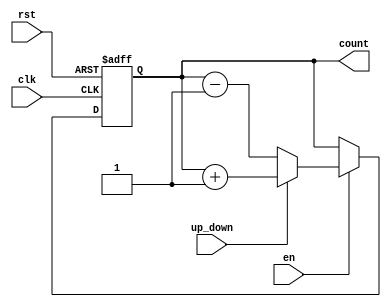
module up_down_counter (
    input wire clk,          // Clock signal
    input wire rst,          // Reset signal (active high)
    input wire en,           // Enable signal (active high)
    input wire up_down,      // Up/Down control (1 for up, 0 for down)
    output reg [7:0] count   // Count value (8-bit wide)
);

// Synchronous reset and counting logic
always @(posedge clk or posedge rst) begin
    if (rst) begin
        // Reset the count to zero
        count <= 8'b0;
    end else if (en) begin
        // Count up or down based on the up_down signal
        if (up_down) begin
            // Increment the count
            count <= count + 1;
        end else begin
            // Decrement the count
            count <= count - 1;
        end
    end
end

endmodule